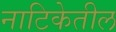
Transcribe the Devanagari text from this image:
नाटिकेतील